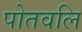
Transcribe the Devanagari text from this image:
पोतवलि